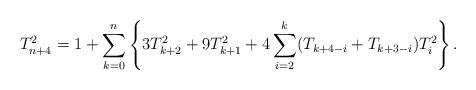
LaTeX: \begin{align*}T_{n+4}^2=1+\sum_{k=0}^n\left\{3T_{k+2}^2+9T_{k+1}^2+4\sum_{i=2}^k(T_{k+4-i}+T_{k+3-i})T_i^2\right\}.\end{align*}